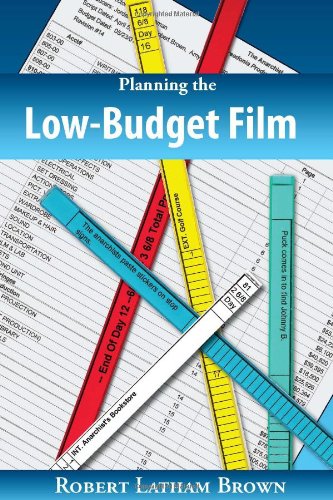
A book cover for Planning the Low-Budget Film; Robert Latham Brown; Humor & Entertainment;